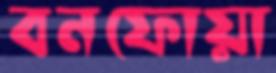
বনফোয়া